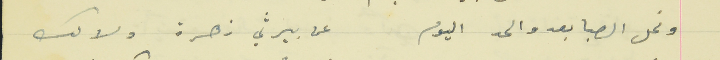
ونحل الصبا بعدو الحد اليوم                                  عن بيرثي زهرة ولاك